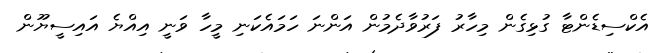
އެކްސިޑެންޓާ ގުޅިގެން މިހާރު ފަރުވާދެމުން އަންނަ ހަމައެކަނި މީހާ ވަނީ އިއްޔެ އައިސީޔޫން